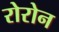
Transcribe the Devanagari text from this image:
रोरोन